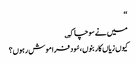
‘‘
میں نے سوچا کہ ؎
کیوں زیاں کار بنوں ،سُود فراموش رہوں؟